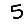
Digit: 5